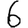
Digit: 6